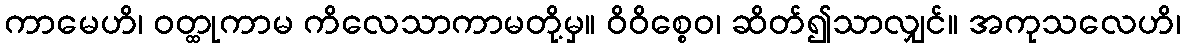
ကာမေဟိ၊ ဝတ္ထုကာမ ကိလေသာကာမတို့မှ။ ဝိဝိစ္စေဝ၊ ဆိတ်၍သာလျှင်။ အကုသလေဟိ၊